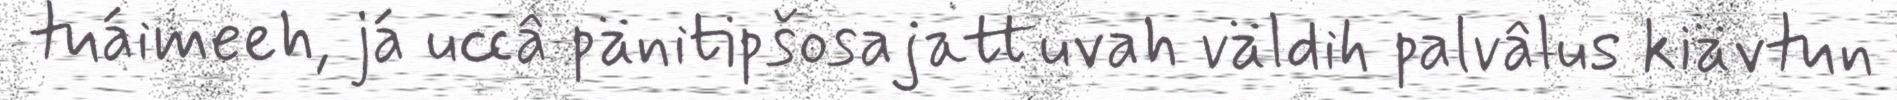
tuáimeeh, já uccâ pänitipšosajattuvah väldih palvâlus kiävtun